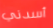
أسدني